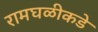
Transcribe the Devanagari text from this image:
रामघळीकडे